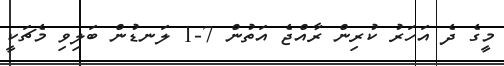
މީގެ ދެ އަހަރު ކުރިން ރާއްޖެ އަތުން 7-1 ލަނޑުން ބަލިވި މެޗަކީ